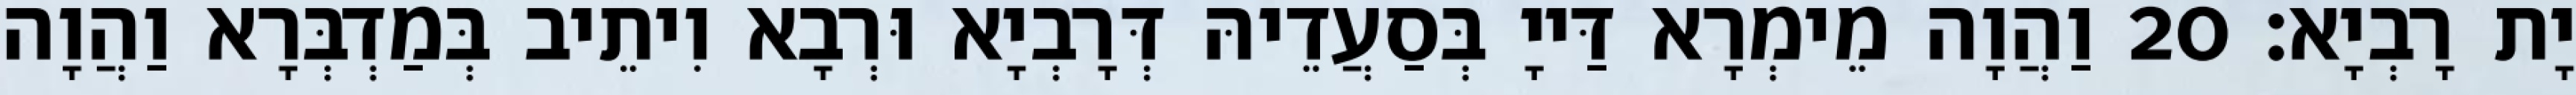
יָת רָבְיָא׃ 20 וַהֲוָה מֵימְרָא דַּייָ בְּסַעֲדֵיהּ דְּרָבְיָא וּרְבָא וִיתֵיב בְּמַדְבְּרָא וַהֲוָה